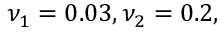
\nu _ { 1 } = 0 . 0 3 , \nu _ { 2 } = 0 . 2 ,